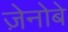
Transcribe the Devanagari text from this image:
ज़ेनोबे